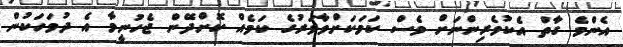
އެންމެ ގާތް އެކުވެރިންނަށް ވެސް ކަމަކަށްވާވަރުގެ ކަމެއް ކޮށްދޭން ޖެހުނީމާ އެ ދުވަހަކުން